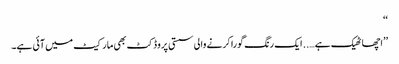
‘‘
’’اچھا ٹھیک ہے….. ایک رنگ گورا کرنے والی سستی پروڈکٹ بھی مارکیٹ میں آئی ہے۔